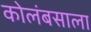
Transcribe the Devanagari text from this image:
कोलंबसाला